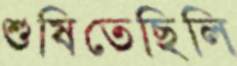
শুষিতেছিলি